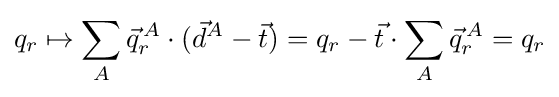
q_{r}\mapsto \sum _{A}{\vec {q}}_{r}^{\,A}\cdot ({\vec {d}}^{A}-{\vec {t}})=q_{r}-{\vec {t}}\cdot \sum _{A}{\vec {q}}_{r}^{\,A}=q_{r}